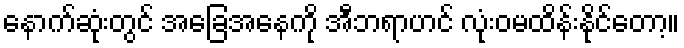
နောက်ဆုံးတွင် အခြေအနေကို အီဘရာဟင် လုံးဝမထိန်းနိုင်တော့။